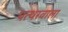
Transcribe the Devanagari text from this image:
पत्थरवाला